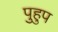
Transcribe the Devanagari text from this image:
पुहुप